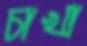
চাখা